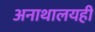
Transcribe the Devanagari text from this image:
अनाथालयही